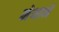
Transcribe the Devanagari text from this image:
मेथाने